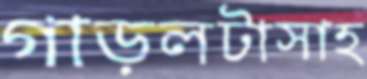
গাড়লটাসাহ